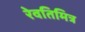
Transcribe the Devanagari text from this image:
रेवतिमित्र